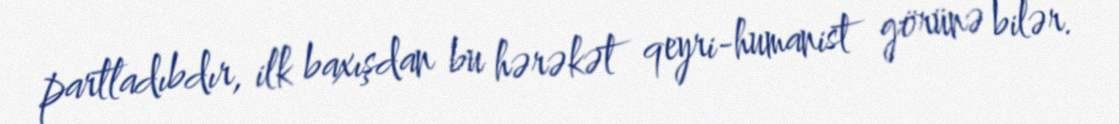
partladıbdır, ilk baxışdan bu hərəkət qeyri-humanist görünə bilər.